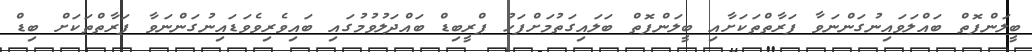
ބީލަންފޮތް ބައްލަވައިނުގަންނަވާ ފަރާތްތަކަށާއި ބީލަންފޮތް ބަލައިގަތުމަށްފަހު ޕްރީބިޑް ބައްދަލުވުމުގައި ބައިވެރިވެވަޑައިނުގަންނަވާ ފަރާތްތަކަށް ބިޑް